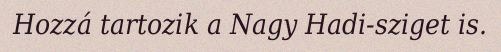
Hozzá tartozik a Nagy Hadi-sziget is.